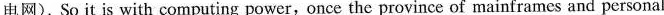
电网).So it is with computing power,once the province of mainframes and personal